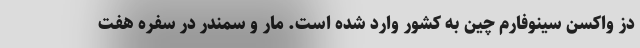
دز واکسن سینوفارم چین به کشور وارد شده است. مار و سمندر در سفره هفت